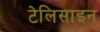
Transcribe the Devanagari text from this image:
टेलिसाइन